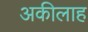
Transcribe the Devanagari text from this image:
अकीलाह